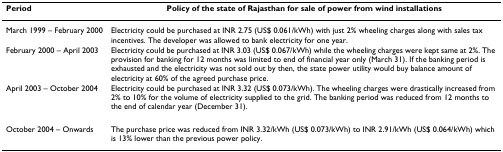
<table><thead><tr><td><b>Period</b></td><td><b>Policy of the state of Rajasthan for sale of power from wind installations</b></td></tr></thead><tbody><tr><td>March 1999 – February 2000</td><td>Electricity could be purchased at INR 2.75 (US$ 0.061/kWh) with just 2% wheeling charges along with sales tax incentives. The developer was allowed to bank electricity for one year.</td></tr><tr><td>February 2000 – April 2003</td><td>Electricity could be purchased at INR 3.03 (US$ 0.067/kWh) while the wheeling charges were kept same at 2%. The provision for banking for 12 months was limited to end of financial year only (March 31). If the banking period is exhausted and the electricity was not sold out by then, the state power utility would buy balance amount of electricity at 60% of the agreed purchase price.</td></tr><tr><td>April 2003 – October 2004</td><td>Electricity could be purchased at INR 3.32 (US$ 0.073/kWh). The wheeling charges were drastically increased from 2% to 10% for the volume of electricity supplied to the grid. The banking period was reduced from 12 months to the end of calendar year (December 31).</td></tr><tr><td>October 2004 – Onwards</td><td>The purchase price was reduced from INR 3.32/kWh (US$ 0.073/kWh) to INR 2.91/kWh (US$ 0.064/kWh) which is 13% lower than the previous power policy.</td></tr></tbody></table>